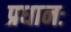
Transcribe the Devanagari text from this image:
प्रधानः